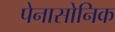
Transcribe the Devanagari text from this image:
पेनासोनिक